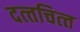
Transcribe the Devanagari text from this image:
दत्‍तचित्‍त